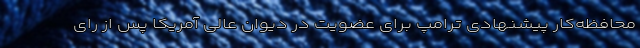
محافظه‌کار پیشنهادی ترامپ برای عضویت در دیوان عالی آمریکا پس از رای